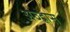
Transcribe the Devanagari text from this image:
अव्ह्रास